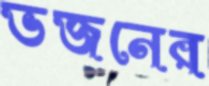
ভজনের